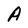
Character: A